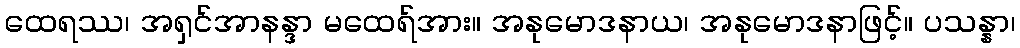
ထေရဿ၊ အရှင်အာနန္ဒာ မထေရ်အား။ အနုမောဒနာယ၊ အနုမောဒနာဖြင့်။ ပသန္နာ၊